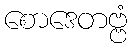
စောဒေတဗ္ဗံ